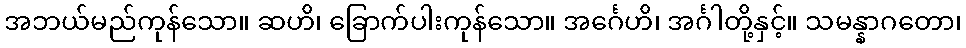
အဘယ်မည်ကုန်သော။ ဆဟိ၊ ခြောက်ပါးကုန်သော။ အင်္ဂေဟိ၊ အင်္ဂါတို့နှင့်။ သမန္နာဂတော၊